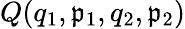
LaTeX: Q(q_{1},\mathfrak{p}_{1},q_{2},\mathfrak{p}_{2})